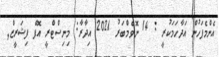
އެންމެފަހުން އަދާހަމަކުރީ : 14 ނޮވެމްބަރު 2021 އިދާރާ: މިނިސްޓްރީ އޮފް ފިޝަރީޒް